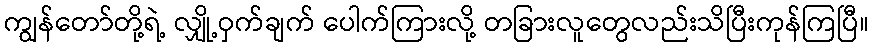
ကျွန်တော်တို့ရဲ့ လျှို့ဝှက်ချက် ပေါက်ကြားလို့ တခြားလူတွေလည်းသိပြီးကုန်ကြပြီ။